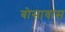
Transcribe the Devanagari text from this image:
बोसावास